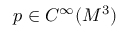
p \in C ^ { \infty } ( M ^ { 3 } )